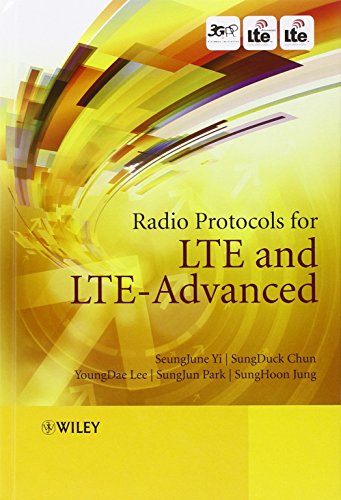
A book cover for Radio Protocols for LTE and LTE-Advanced; SeungJune Yi; Crafts, Hobbies & Home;